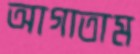
আগাতাম